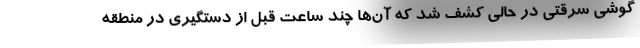
گوشی سرقتی در حالی کشف شد که آن‌ها چند ساعت قبل از دستگیری در منطقه